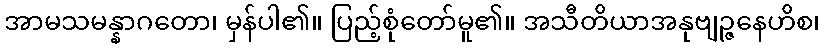
အာမသမန္နာဂတော၊ မှန်ပါ၏။ ပြည့်စုံတော်မူ၏။ အသီတိယာအနုဗျဉ္ဇနေဟိစ၊